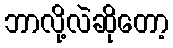
ဘာလို့လဲဆိုတော့